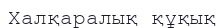
Халқаралық құқық